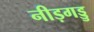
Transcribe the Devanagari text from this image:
नीड़गड्डु